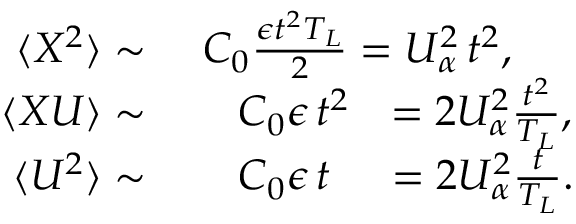
\begin{array} { r l } { \langle X ^ { 2 } \rangle \sim } & { \ C _ { 0 } \frac { \epsilon t ^ { 2 } T _ { L } } { 2 } = U _ { \alpha } ^ { 2 } \, t ^ { 2 } , } \\ { \langle X U \rangle \sim } & { \, \, \, \, \, \ C _ { 0 } \epsilon \, t ^ { 2 } \, \, \, \, = 2 U _ { \alpha } ^ { 2 } \frac { t ^ { 2 } } { T _ { L } } , } \\ { \langle U ^ { 2 } \rangle \sim } & { \, \, \, \, \, \ C _ { 0 } \epsilon \, t \, \, \, \, \, \, \, = 2 U _ { \alpha } ^ { 2 } \frac { t } { T _ { L } } . } \end{array}